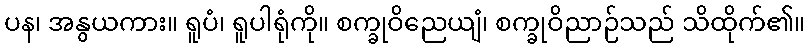
ပန၊ အနွယကား။ ရူပံ၊ ရူပါရုံကို။ စက္ခုဝိညေယျံ၊ စက္ခုဝိညာဉ်သည် သိထိုက်၏။